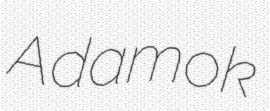
Adamok